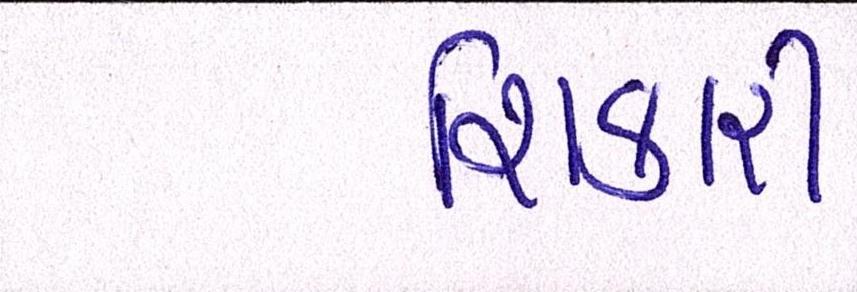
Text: શિકારી